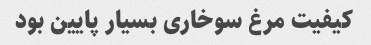
کیفیت مرغ سوخاری بسیار پایین بود